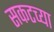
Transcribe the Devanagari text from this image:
सकटच्या